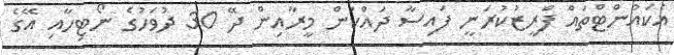
އެކައުންޓްތައް ފްރީޒުކުރަނީ ފައިސާ ދައްކަން މީރާއިން ދޭ 30 ދުވަހުގެ ނޯޓިހާއި އޭގެ